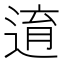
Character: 逳